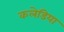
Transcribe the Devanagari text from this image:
कलेडिया